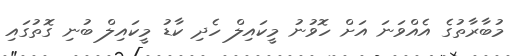
މުބާރާތުގެ އެއްވަނަ އަށް ހޮވުނު މީކައިލް ހެދި ކާޑު މީކައިލް ބުނި ގޮތުގައި